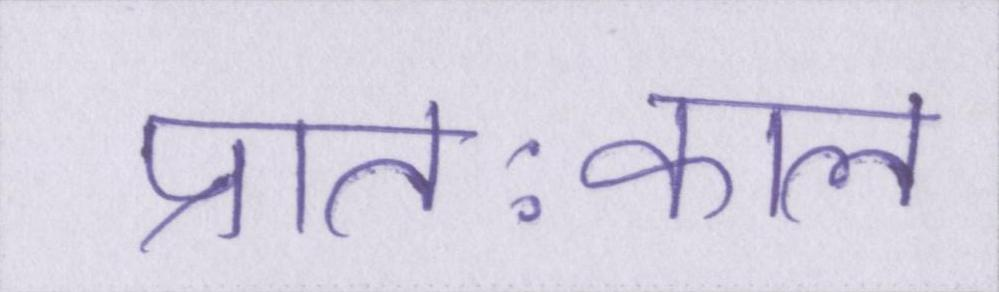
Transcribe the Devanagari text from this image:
प्रातःकाल